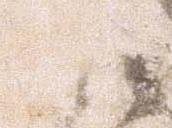
小